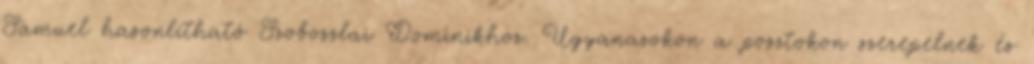
Sámuel hasonlítható Szoboszlai Dominikhoz. Ugyanazokon a posztokon szerepelnek és